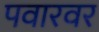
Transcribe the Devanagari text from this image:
पवारवर